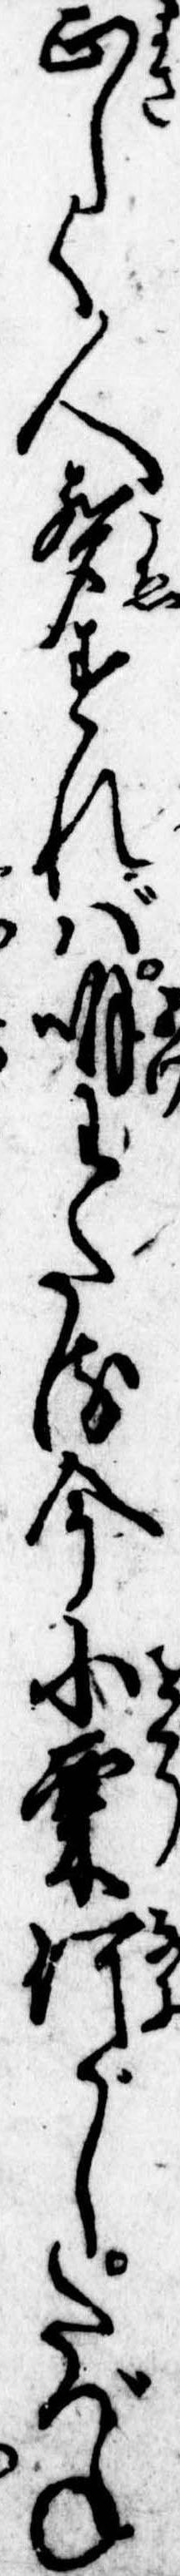
正しく人声すれば明わたる今小栗何がしたづね